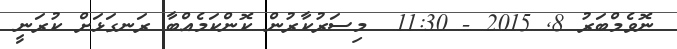
ނޮވެމްބަރު 8